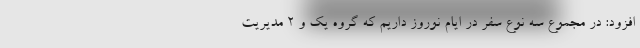
افزود: در مجموع سه نوع سفر در ایام نوروز داریم که گروه یک و ۲ مدیریت